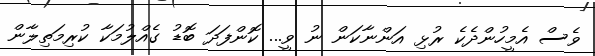
ވެސް އެމީހުންދެކެ ރުޅި އަންނާކަން ނު ވީ... ކޮންފަދަ ބޮޑު ގެއްލުމަކާ ކުރިމަތިލާން